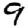
Digit: 9